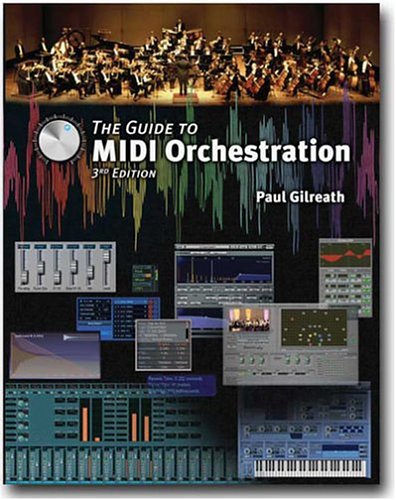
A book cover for The Guide To MIDI Orchestration; Paul Gilreath; Computers & Technology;